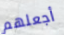
أجعلهم